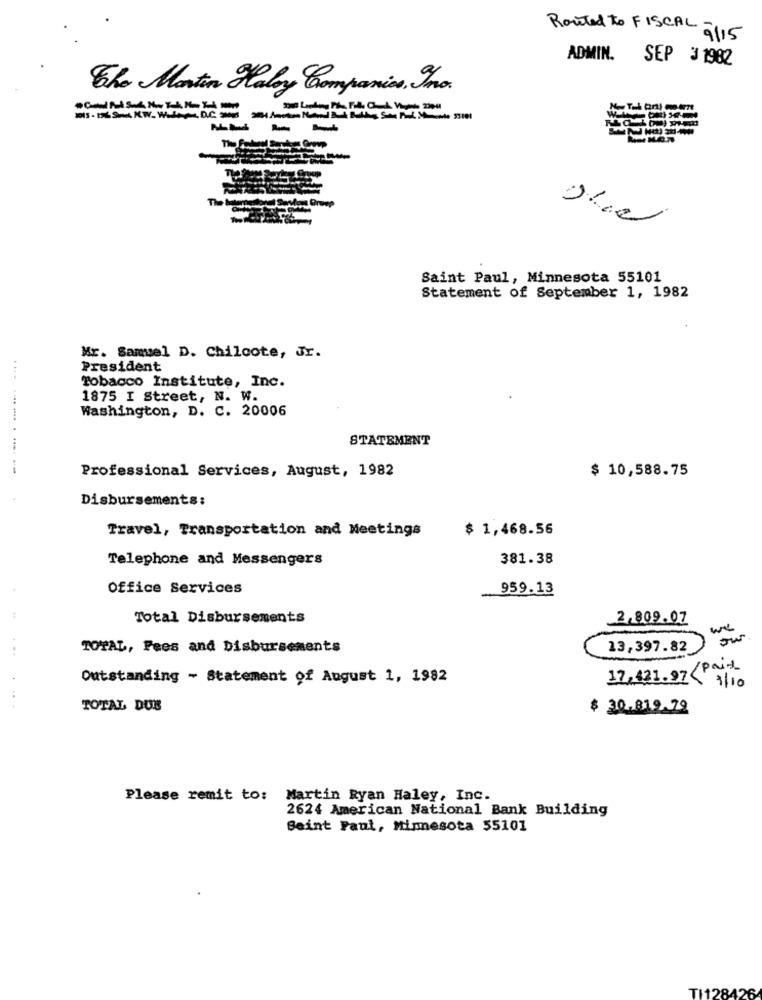
Routed to FISCAL $115
ADMIN.
SEP 3 1982
The Martin Haley Companies, The.
MIS - DÉ Sed KW.Waters D.C .- 2 ] ]]]
Saint Paul, Minnesota 55101
Statement of September 1, 1982
Mr. Samuel D. Chilcote, Jr.
President
Tobacco Institute, Inc.
1875 I Street, N. W.
Washington, D. C. 20006
STATEMENT
Professional Services, August, 1982
$ 10,588.75
Disbursements:
Travel, Transportation and Meetings
$ 1,468.56
Telephone and Messengers
381.38
Office Services
959.13
Total Disbursements
2,809.07
we
our
TOTAL, Fees and Disbursements
13,397.82
/pri
Outstanding - Statement of August 1, 1982
17,421.97<
27< 1/10
TOTAL DUB
$ 30.819.79
Please remit to: Martin Ryan Haley, Inc.
2624 American National Bank Building
Seint Paul, Minnesota 55101
TI128426